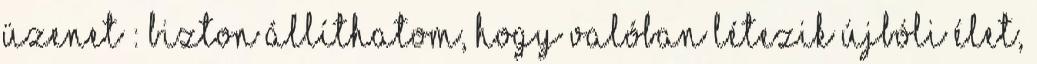
Üzenet : Bizton állíthatom, hogy valóban létezik újbóli élet,